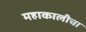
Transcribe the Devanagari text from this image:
महाकालीचा